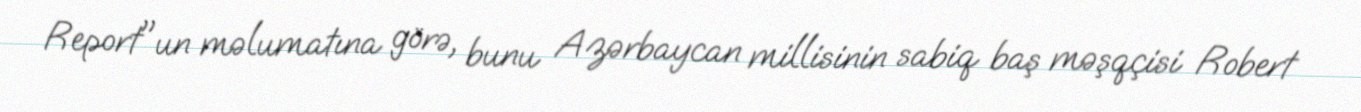
Report"un məlumatına görə, bunu Azərbaycan millisinin sabiq baş məşqçisi Robert